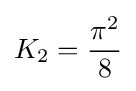
K_{2}={\frac {\pi ^{2}}{8}}